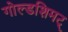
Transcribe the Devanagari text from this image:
गोल्डशिमट्